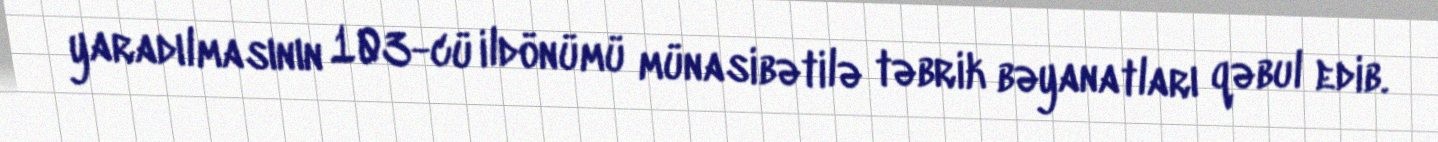
yaradılmasının 103-cü ildönümü münasibətilə təbrik bəyanatları qəbul edib.